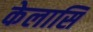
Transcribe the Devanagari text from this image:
केलासि